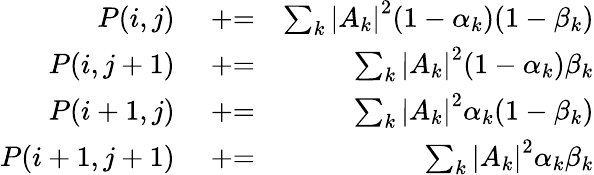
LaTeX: \begin{array}{rlr}{P(i,j)}&{{}\mathrel{+}=}&{\sum_{k}\left|A_{k}\right|^{2}(1-\alpha_{k})(1-\beta_{k})}\\ {P(i,j+1)}&{{}\mathrel{+}=}&{\sum_{k}\left|A_{k}\right|^{2}(1-\alpha_{k})\beta_{k}}\\ {P(i+1,j)}&{{}\mathrel{+}=}&{\sum_{k}\left|A_{k}\right|^{2}\alpha_{k}(1-\beta_{k})}\\ {P(i+1,j+1)}&{{}\mathrel{+}=}&{\sum_{k}\left|A_{k}\right|^{2}\alpha_{k}\beta_{k}}\end{array}